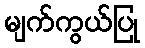
မျက်ကွယ်ပြု